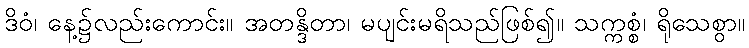
ဒိဝံ၊ နေ့၌လည်းကောင်း။ အတန္ဒိတာ၊ မပျင်းမရိသည်ဖြစ်၍။ သက္ကစ္စံ၊ ရိုသေစွာ။